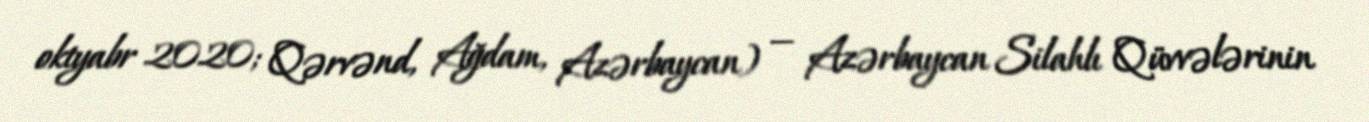
oktyabr 2020; Qərvənd, Ağdam, Azərbaycan) — Azərbaycan Silahlı Qüvvələrinin